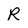
Character: R